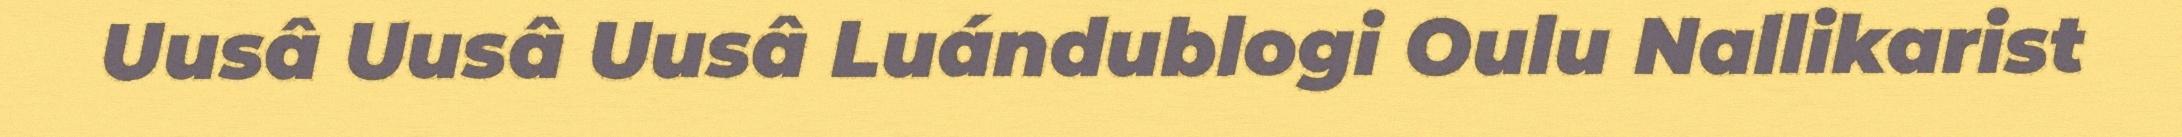
Uusâ Uusâ Uusâ Luándublogi Oulu Nallikarist